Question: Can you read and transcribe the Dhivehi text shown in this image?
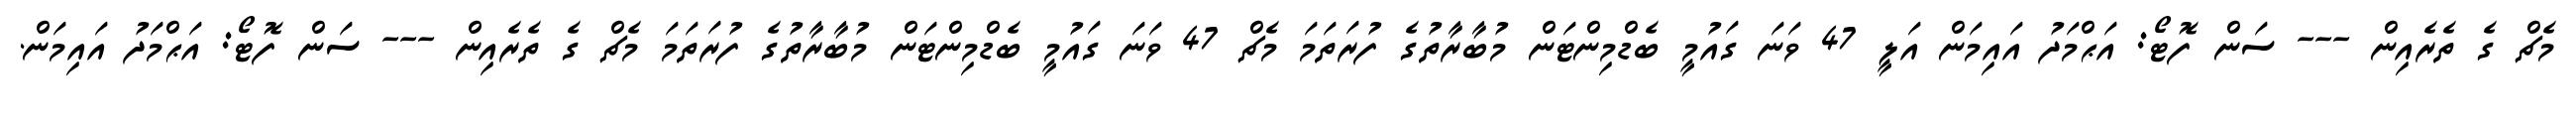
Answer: މެޗް ގެ ތެރެއިން --- ސަން ފޮޓޯ: އަޙްމަދު އައިމަން އަލީ 47 ވަނަ ގައުމީ ބެޑްމިންޓަން މުބާރާތުގެ ފުރަތަމަ މެޗް 47 ވަނަ ގައުމީ ބެޑްމިންޓަން މުބާރާތުގެ ފުރަތަމަ މެޗް ގެ ތެރެއިން --- ސަން ފޮޓޯ: އަޙްމަދު އައިމަން.